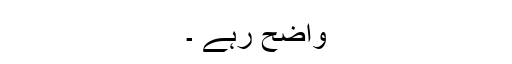
واضح رہے ۔